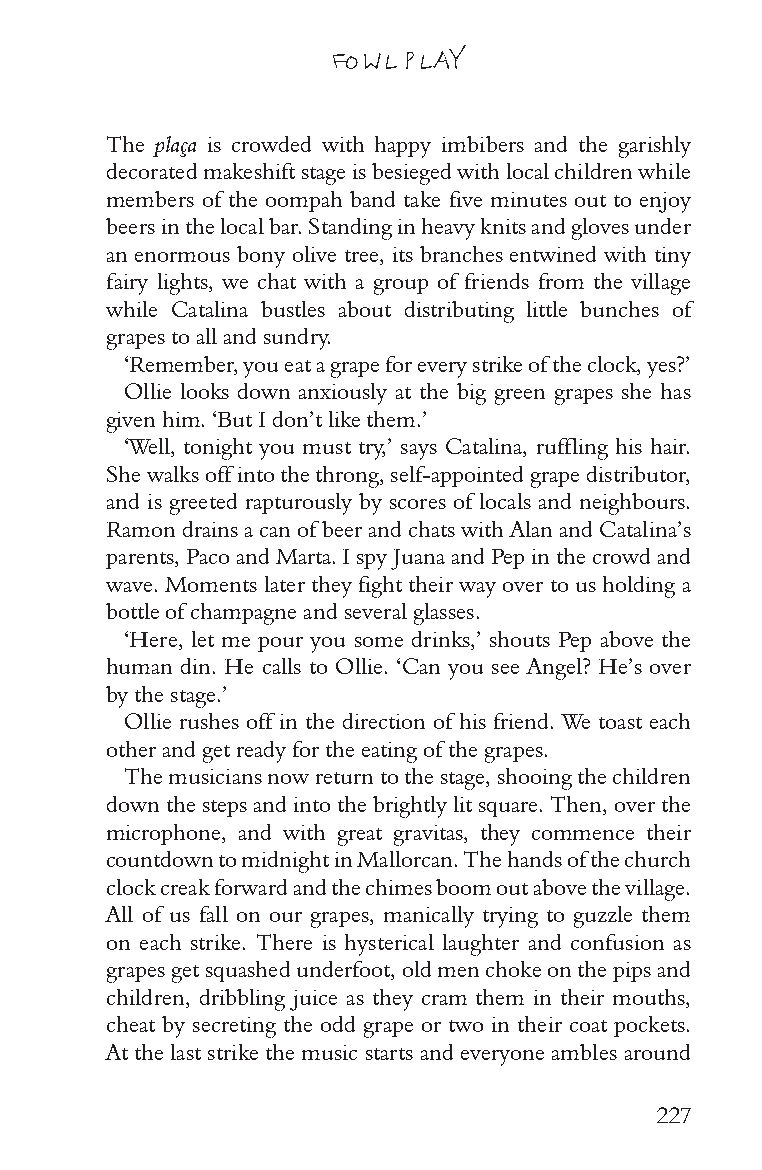
FOWL PLAY
 The plaça is crowded with happy imbibers and the garishly
 decorated makeshift stage is besieged with local children while
 members of the oompah band take five minutes out to enjoy
 beers in the local bar. Standing in heavy knits and gloves under
 an enormous bony olive tree, its branches entwined with tiny
 fairy lights, we chat with a group of friends from the village
 while Catalina bustles about distributing little bunches of
 grapes to all and sundry.
 ‘Remember, you eat a grape for every strike of the clock, yes?’
 Ollie looks down anxiously at the big green grapes she has
 given him. ‘But I don’t like them.’
 ‘Well, tonight you must try,’ says Catalina, ruffling his hair.
 She walks off into the throng, self-appointed grape distributor,
 and is greeted rapturously by scores of locals and neighbours.
 Ramon drains a can of beer and chats with Alan and Catalina’s
 parents, Paco and Marta. I spy Juana and Pep in the crowd and
 wave. Moments later they fight their way over to us holding a
 bottle of champagne and several glasses.
 ‘Here, let me pour you some drinks,’ shouts Pep above the
 human din. He calls to Ollie. ‘Can you see Angel? He’s over
 by the stage.’
 Ollie rushes off in the direction of his friend. We toast each
 other and get ready for the eating of the grapes.
 The musicians now return to the stage, shooing the children
 down the steps and into the brightly lit square. Then, over the
 microphone, and with great gravitas, they commence their
 countdown to midnight in Mallorcan. The hands of the church
 clock creak forward and the chimes boom out above the village.
 All of us fall on our grapes, manically trying to guzzle them
 on each strike. There is hysterical laughter and confusion as
 grapes get squashed underfoot, old men choke on the pips and
 children, dribbling juice as they cram them in their mouths,
 cheat by secreting the odd grape or two in their coat pockets.
 At the last strike the music starts and everyone ambles around
 227